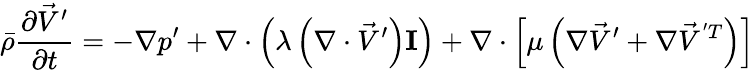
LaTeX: \bar{\rho}\frac{\partial\vec{V}^{\prime}}{\partial t}=-\nabla p^{\prime}+\nabla\cdot\left(\lambda\left(\nabla\cdot\vec{V}^{\prime}\right)\mathbf{I}\right)+\nabla\cdot\left[\mu\left(\nabla\vec{V}^{\prime}+\nabla\vec{V}^{'T}\right)\right]